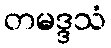
တမဒ္ဒသံ